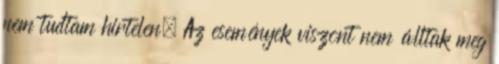
nem tudtam hirtelen. Az események viszont nem álltak meg